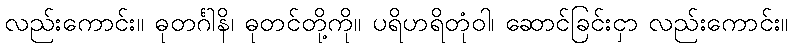
လည်းကောင်း။ ဓုတင်္ဂါနိ၊ ဓုတင်တို့ကို။ ပရိဟရိတုံဝါ၊ ဆောင်ခြင်းငှာ လည်းကောင်း။